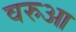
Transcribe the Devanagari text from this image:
वरुआ